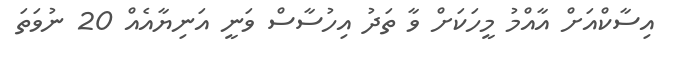
އިސާކްއަށް އާއްމު މީހަކަށް ވާ ތަދު އިހުސާސް ވަނީ އަނިޔާއެއް 20 ނުވަތަ